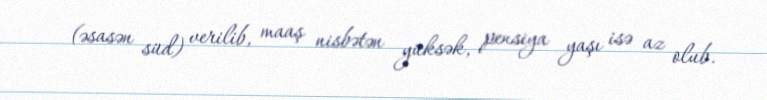
(əsasən süd) verilib, maaş nisbətən yüksək, pensiya yaşı isə az olub.